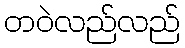
တဝဲလည်လည်